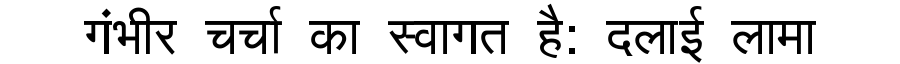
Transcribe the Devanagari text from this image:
गंभीर चर्चा का स्वागत है: दलाई लामा